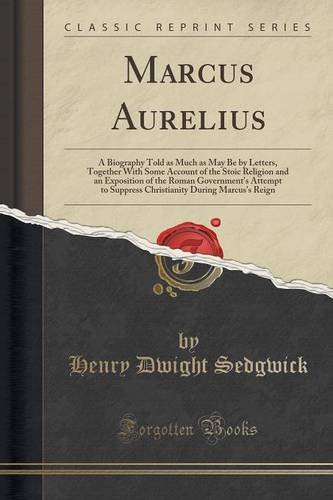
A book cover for Marcus Aurelius: A Biography Told as Much as May Be by Letters, Together With Some Account of the Stoic Religion and an Exposition of the Roman ... During Marcus's Reign (Classic Reprint); Henry Dwight Sedgwick; Literature & Fiction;